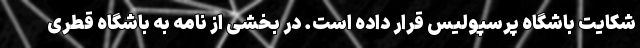
شکایت باشگاه پرسپولیس قرار داده است. در بخشی از نامه به باشگاه قطری